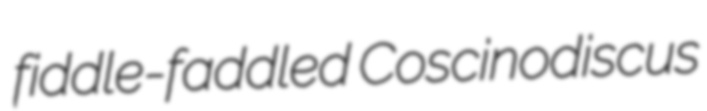
fiddle-faddled Coscinodiscus